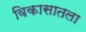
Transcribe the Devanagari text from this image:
विकासातला